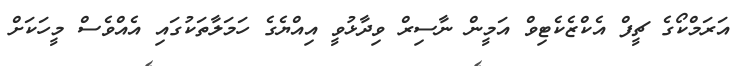
އަރަމްކޯގެ ޗީފް އެކްޒެކެޓިވް އަމީން ނާސިރް ވިދާޅުވީ އިއްޔެގެ ހަމަލާތަކުގައި އެއްވެސް މީހަކަށް